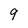
Character: 9